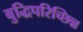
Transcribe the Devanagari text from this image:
बुद्धिपरिच्छिन्न